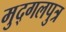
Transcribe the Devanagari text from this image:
मुद्गलपुत्र